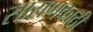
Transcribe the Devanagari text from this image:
सासणकाठी